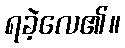
ရခဲ့လေ၏။